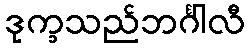
ဒုက္ခသည်ဘင်္ဂါလီ